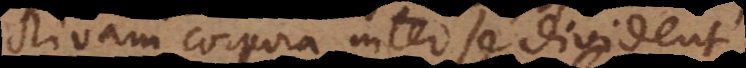
ectivam corpora inter se divident,